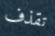
تقذف